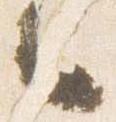
々